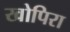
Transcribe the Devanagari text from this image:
खोपिरा